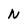
Character: n